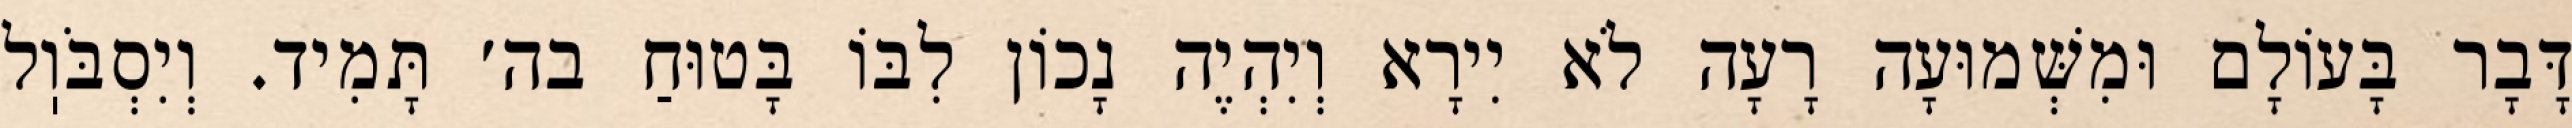
דָּבָר בָּעוֹלָם וּמִשְּׁמוּעָה רָעָה לֹא יִירָא וְיִהְיֶה נָכוֹן לִבּוֹ בָּטוּחַ בה׳ תָּמִיד. וְיִסְבֹּוֽל